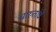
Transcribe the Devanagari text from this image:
चारुतांचे